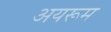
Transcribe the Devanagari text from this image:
अयरूम